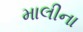
માલીના